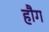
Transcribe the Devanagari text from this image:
हौग